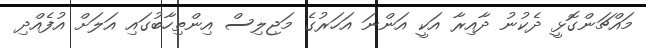
މައްޗަންގޮޅީ ދެކުނު ދާއިރާ އަކީ އަންނަ އަހަރުގެ މަޖިލިސް އިންތިހާބުގައި އަލަށް އުފެއްދި